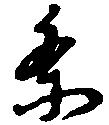
条